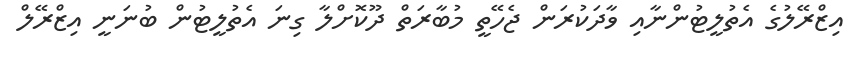
އިޒްރޭލުގެ އެތުލީޓުންނާއި ވާދަކުރަން ޖެހޭތީ މުބާރަތް ދޫކޮށްލާ ގިނަ އެތުލީޓުން ބުނަނީ އިޒްރޭލް